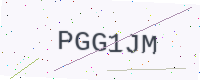
Text: PGG1JM